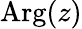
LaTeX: \mathrm{Arg}(z)